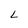
Character: L